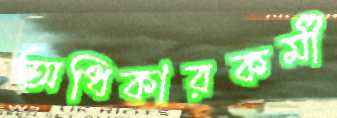
অধিকারকর্মী